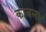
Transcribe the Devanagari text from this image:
काबना